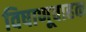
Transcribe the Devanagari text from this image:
विषाणूवाहक